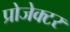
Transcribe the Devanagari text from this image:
प्रोजेक्‍टर